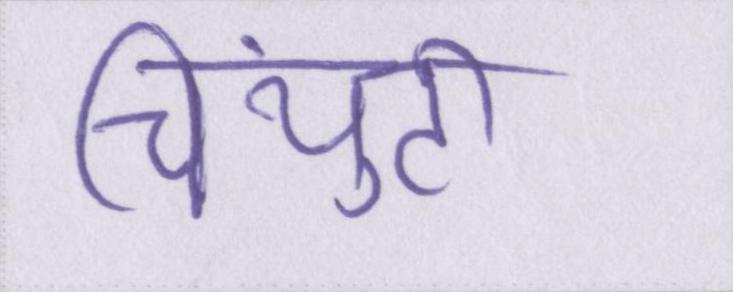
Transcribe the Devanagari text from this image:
चिंयुटी